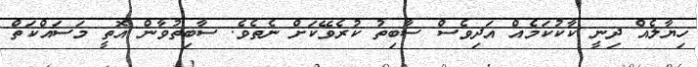
ހިޔާލެއް ދިނީ ކާކުކަމެއް އަަދިވެސް ސާބިތު ކުރެވޭކަށް ނެތެވެ. ސާބިތުވާން އޮތީ މަސައްކަތް